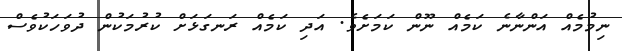
ނިމުމެއް އަންނާނެ ކަމެއް ނޫން ކަމަށެވެ. އަދި ކަމެއް ރަނގަޅަށް ކުރުމަކުން ދުވަހަކުވެސް